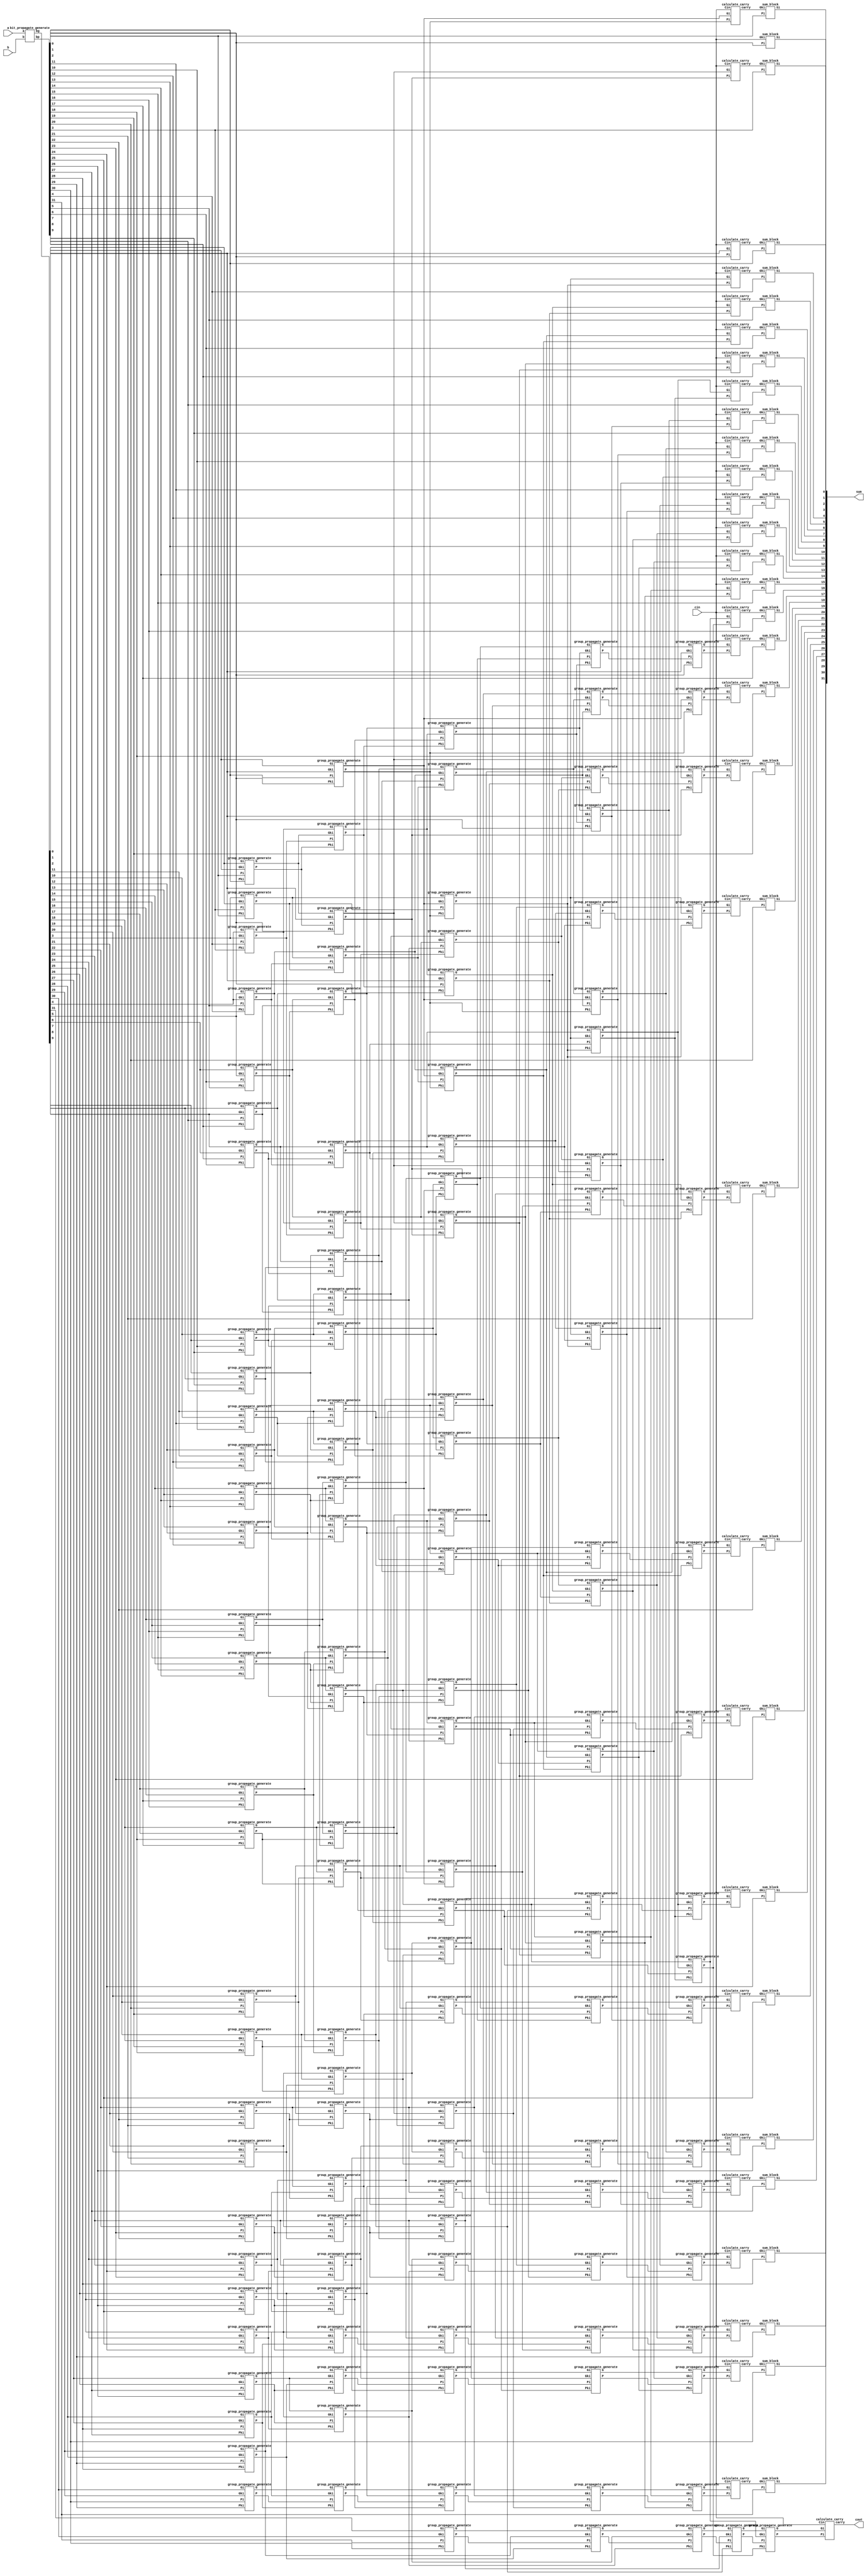
`timescale 1ps / 1fs
module kogge32(a, b, cin, sum, cout);
input [31:0]a;
input [31:0]b;
input cin;
output [31:0]sum;
output cout;

wire [31:0] bp,bg;
wire [30:0] st0p, st0g;  // stage 0
wire [29:0] st1p, st1g;  // stage 1
wire [27:0] st2p, st2g;  // stage 2
wire [26:0] st3p, st3g;  // stage 3
wire [15:0] st4p, st4g;  // stage 4

wire [31:0] carry;
bit_propagate_generate bpg_1(.a(a),.b(b),.bp(bp),.bg(bg));

group_propagate_generate gpgs0_0(.Pi(bp[1]), .Gi(bg[1]), .Pki(bp[0]), .Gki(bg[0]), .P(st0p[0]), .G(st0g[0])); // generate -> P1:0 and G1:0
group_propagate_generate gpgs0_1(.Pi(bp[2]), .Gi(bg[2]), .Pki(bp[1]), .Gki(bg[1]), .P(st0p[1]), .G(st0g[1])); // generate -> P1:0 and G1:0
group_propagate_generate gpgs0_2(.Pi(bp[3]), .Gi(bg[3]), .Pki(bp[2]), .Gki(bg[2]), .P(st0p[2]), .G(st0g[2])); // generate -> P1:0 and G1:0
group_propagate_generate gpgs0_3(.Pi(bp[4]), .Gi(bg[4]), .Pki(bp[3]), .Gki(bg[3]), .P(st0p[3]), .G(st0g[3])); // generate -> P1:0 and G1:0
group_propagate_generate gpgs0_4(.Pi(bp[5]), .Gi(bg[5]), .Pki(bp[4]), .Gki(bg[4]), .P(st0p[4]), .G(st0g[4])); // generate -> P1:0 and G1:0
group_propagate_generate gpgs0_5(.Pi(bp[6]), .Gi(bg[6]), .Pki(bp[5]), .Gki(bg[5]), .P(st0p[5]), .G(st0g[5])); // generate -> P1:0 and G1:0
group_propagate_generate gpgs0_6(.Pi(bp[7]), .Gi(bg[7]), .Pki(bp[6]), .Gki(bg[6]), .P(st0p[6]), .G(st0g[6])); // generate -> P1:0 and G1:0
group_propagate_generate gpgs0_7(.Pi(bp[8]), .Gi(bg[8]), .Pki(bp[7]), .Gki(bg[7]), .P(st0p[7]), .G(st0g[7])); // generate -> P1:0 and G1:0
group_propagate_generate gpgs0_8(.Pi(bp[9]), .Gi(bg[9]), .Pki(bp[8]), .Gki(bg[8]), .P(st0p[8]), .G(st0g[8])); // generate -> P1:0 and G1:0
group_propagate_generate gpgs0_9(.Pi(bp[10]), .Gi(bg[10]), .Pki(bp[9]), .Gki(bg[9]), .P(st0p[9]), .G(st0g[9])); // generate -> P1:0 and G1:0
group_propagate_generate gpgs0_10(.Pi(bp[11]), .Gi(bg[11]), .Pki(bp[10]), .Gki(bg[10]), .P(st0p[10]), .G(st0g[10])); // generate -> P1:0 and G1:0
group_propagate_generate gpgs0_11(.Pi(bp[12]), .Gi(bg[12]), .Pki(bp[11]), .Gki(bg[11]), .P(st0p[11]), .G(st0g[11])); // generate -> P1:0 and G1:0
group_propagate_generate gpgs0_12(.Pi(bp[13]), .Gi(bg[13]), .Pki(bp[12]), .Gki(bg[12]), .P(st0p[12]), .G(st0g[12])); // generate -> P1:0 and G1:0
group_propagate_generate gpgs0_13(.Pi(bp[14]), .Gi(bg[14]), .Pki(bp[13]), .Gki(bg[13]), .P(st0p[13]), .G(st0g[13])); // generate -> P1:0 and G1:0
group_propagate_generate gpgs0_14(.Pi(bp[15]), .Gi(bg[15]), .Pki(bp[14]), .Gki(bg[14]), .P(st0p[14]), .G(st0g[14])); // generate -> P1:0 and G1:0
group_propagate_generate gpgs0_15(.Pi(bp[16]), .Gi(bg[16]), .Pki(bp[15]), .Gki(bg[15]), .P(st0p[15]), .G(st0g[15])); // generate -> P1:0 and G1:0
group_propagate_generate gpgs0_16(.Pi(bp[17]), .Gi(bg[17]), .Pki(bp[16]), .Gki(bg[16]), .P(st0p[16]), .G(st0g[16])); // generate -> P1:0 and G1:0
group_propagate_generate gpgs0_17(.Pi(bp[18]), .Gi(bg[18]), .Pki(bp[17]), .Gki(bg[17]), .P(st0p[17]), .G(st0g[17])); // generate -> P1:0 and G1:0
group_propagate_generate gpgs0_18(.Pi(bp[19]), .Gi(bg[19]), .Pki(bp[18]), .Gki(bg[18]), .P(st0p[18]), .G(st0g[18])); // generate -> P1:0 and G1:0
group_propagate_generate gpgs0_19(.Pi(bp[20]), .Gi(bg[20]), .Pki(bp[19]), .Gki(bg[19]), .P(st0p[19]), .G(st0g[19])); // generate -> P1:0 and G1:0
group_propagate_generate gpgs0_20(.Pi(bp[21]), .Gi(bg[21]), .Pki(bp[20]), .Gki(bg[20]), .P(st0p[20]), .G(st0g[20])); // generate -> P1:0 and G1:0
group_propagate_generate gpgs0_21(.Pi(bp[22]), .Gi(bg[22]), .Pki(bp[21]), .Gki(bg[21]), .P(st0p[21]), .G(st0g[21])); // generate -> P1:0 and G1:0
group_propagate_generate gpgs0_22(.Pi(bp[23]), .Gi(bg[23]), .Pki(bp[22]), .Gki(bg[22]), .P(st0p[22]), .G(st0g[22])); // generate -> P1:0 and G1:0
group_propagate_generate gpgs0_23(.Pi(bp[24]), .Gi(bg[24]), .Pki(bp[23]), .Gki(bg[23]), .P(st0p[23]), .G(st0g[23])); // generate -> P1:0 and G1:0
group_propagate_generate gpgs0_24(.Pi(bp[25]), .Gi(bg[25]), .Pki(bp[24]), .Gki(bg[24]), .P(st0p[24]), .G(st0g[24])); // generate -> P1:0 and G1:0
group_propagate_generate gpgs0_25(.Pi(bp[26]), .Gi(bg[26]), .Pki(bp[25]), .Gki(bg[25]), .P(st0p[25]), .G(st0g[25])); // generate -> P1:0 and G1:0
group_propagate_generate gpgs0_26(.Pi(bp[27]), .Gi(bg[27]), .Pki(bp[26]), .Gki(bg[26]), .P(st0p[26]), .G(st0g[26])); // generate -> P1:0 and G1:0
group_propagate_generate gpgs0_27(.Pi(bp[28]), .Gi(bg[28]), .Pki(bp[27]), .Gki(bg[27]), .P(st0p[27]), .G(st0g[27])); // generate -> P1:0 and G1:0
group_propagate_generate gpgs0_28(.Pi(bp[29]), .Gi(bg[29]), .Pki(bp[28]), .Gki(bg[28]), .P(st0p[28]), .G(st0g[28])); // generate -> P1:0 and G1:0
group_propagate_generate gpgs0_29(.Pi(bp[30]), .Gi(bg[30]), .Pki(bp[29]), .Gki(bg[29]), .P(st0p[29]), .G(st0g[29])); // generate -> P1:0 and G1:0
group_propagate_generate gpgs0_30(.Pi(bp[31]), .Gi(bg[31]), .Pki(bp[30]), .Gki(bg[30]), .P(st0p[30]), .G(st0g[30])); // generate -> P1:0 and G1:0

group_propagate_generate gpgs1_0(.Pi(st0p[1]), .Gi(st0g[1]), .Pki(bp[0]), .Gki(bg[0]), .P(st1p[0]), .G(st1g[0])); // generate -> P1:0 and G1:0
group_propagate_generate gpgs1_1(.Pi(st0p[2]), .Gi(st0g[2]), .Pki(st0p[0]), .Gki(st0g[0]), .P(st1p[1]), .G(st1g[1])); // generate -> P1:0 and G1:0
group_propagate_generate gpgs1_2(.Pi(st0p[3]), .Gi(st0g[3]), .Pki(st0p[1]), .Gki(st0g[1]), .P(st1p[2]), .G(st1g[2])); // generate -> P1:0 and G1:0
group_propagate_generate gpgs1_3(.Pi(st0p[4]), .Gi(st0g[4]), .Pki(st0p[2]), .Gki(st0g[2]), .P(st1p[3]), .G(st1g[3])); // generate -> P1:0 and G1:0
group_propagate_generate gpgs1_4(.Pi(st0p[5]), .Gi(st0g[5]), .Pki(st0p[3]), .Gki(st0g[3]), .P(st1p[4]), .G(st1g[4])); // generate -> P1:0 and G1:0
group_propagate_generate gpgs1_5(.Pi(st0p[6]), .Gi(st0g[6]), .Pki(st0p[4]), .Gki(st0g[4]), .P(st1p[5]), .G(st1g[5])); // generate -> P1:0 and G1:0
group_propagate_generate gpgs1_6(.Pi(st0p[7]), .Gi(st0g[7]), .Pki(st0p[5]), .Gki(st0g[5]), .P(st1p[6]), .G(st1g[6])); // generate -> P1:0 and G1:0
group_propagate_generate gpgs1_7(.Pi(st0p[8]), .Gi(st0g[8]), .Pki(st0p[6]), .Gki(st0g[6]), .P(st1p[7]), .G(st1g[7])); // generate -> P1:0 and G1:0
group_propagate_generate gpgs1_8(.Pi(st0p[9]), .Gi(st0g[9]), .Pki(st0p[7]), .Gki(st0g[7]), .P(st1p[8]), .G(st1g[8])); // generate -> P1:0 and G1:0
group_propagate_generate gpgs1_9(.Pi(st0p[10]), .Gi(st0g[10]), .Pki(st0p[8]),   .Gki(st0g[8]),  .P(st1p[9]), .G(st1g[9])); // generate -> P1:0 and G1:0
group_propagate_generate gpgs1_10(.Pi(st0p[11]), .Gi(st0g[11]), .Pki(st0p[9]),  .Gki(st0g[9]),  .P(st1p[10]), .G(st1g[10])); // generate -> P1:0 and G1:0
group_propagate_generate gpgs1_11(.Pi(st0p[12]), .Gi(st0g[12]), .Pki(st0p[10]), .Gki(st0g[10]), .P(st1p[11]), .G(st1g[11])); // generate -> P1:0 and G1:0
group_propagate_generate gpgs1_12(.Pi(st0p[13]), .Gi(st0g[13]), .Pki(st0p[11]), .Gki(st0g[11]), .P(st1p[12]), .G(st1g[12])); // generate -> P1:0 and G1:0
group_propagate_generate gpgs1_13(.Pi(st0p[14]), .Gi(st0g[14]), .Pki(st0p[12]), .Gki(st0g[12]), .P(st1p[13]), .G(st1g[13])); // generate -> P1:0 and G1:0
group_propagate_generate gpgs1_14(.Pi(st0p[15]), .Gi(st0g[15]), .Pki(st0p[13]), .Gki(st0g[13]), .P(st1p[14]), .G(st1g[14])); // generate -> P1:0 and G1:0
group_propagate_generate gpgs1_15(.Pi(st0p[16]), .Gi(st0g[16]), .Pki(st0p[14]), .Gki(st0g[14]), .P(st1p[15]), .G(st1g[15])); // generate -> P1:0 and G1:0
group_propagate_generate gpgs1_16(.Pi(st0p[17]), .Gi(st0g[17]), .Pki(st0p[15]), .Gki(st0g[15]), .P(st1p[16]), .G(st1g[16])); // generate -> P1:0 and G1:0
group_propagate_generate gpgs1_17(.Pi(st0p[18]), .Gi(st0g[18]), .Pki(st0p[16]), .Gki(st0g[16]), .P(st1p[17]), .G(st1g[17])); // generate -> P1:0 and G1:0
group_propagate_generate gpgs1_18(.Pi(st0p[19]), .Gi(st0g[19]), .Pki(st0p[17]), .Gki(st0g[17]), .P(st1p[18]), .G(st1g[18])); // generate -> P1:0 and G1:0
group_propagate_generate gpgs1_19(.Pi(st0p[20]), .Gi(st0g[20]), .Pki(st0p[18]), .Gki(st0g[18]), .P(st1p[19]), .G(st1g[19])); // generate -> P1:0 and G1:0
group_propagate_generate gpgs1_20(.Pi(st0p[21]), .Gi(st0g[21]), .Pki(st0p[19]), .Gki(st0g[19]), .P(st1p[20]), .G(st1g[20])); // generate -> P1:0 and G1:0
group_propagate_generate gpgs1_21(.Pi(st0p[22]), .Gi(st0g[22]), .Pki(st0p[20]), .Gki(st0g[20]), .P(st1p[21]), .G(st1g[21])); // generate -> P1:0 and G1:0
group_propagate_generate gpgs1_22(.Pi(st0p[23]), .Gi(st0g[23]), .Pki(st0p[21]), .Gki(st0g[21]), .P(st1p[22]), .G(st1g[22])); // generate -> P1:0 and G1:0
group_propagate_generate gpgs1_23(.Pi(st0p[24]), .Gi(st0g[24]), .Pki(st0p[22]), .Gki(st0g[22]), .P(st1p[23]), .G(st1g[23])); // generate -> P1:0 and G1:0
group_propagate_generate gpgs1_24(.Pi(st0p[25]), .Gi(st0g[25]), .Pki(st0p[23]), .Gki(st0g[23]), .P(st1p[24]), .G(st1g[24])); // generate -> P1:0 and G1:0
group_propagate_generate gpgs1_25(.Pi(st0p[26]), .Gi(st0g[26]), .Pki(st0p[24]), .Gki(st0g[24]), .P(st1p[25]), .G(st1g[25])); // generate -> P1:0 and G1:0
group_propagate_generate gpgs1_26(.Pi(st0p[27]), .Gi(st0g[27]), .Pki(st0p[25]), .Gki(st0g[25]), .P(st1p[26]), .G(st1g[26])); // generate -> P1:0 and G1:0
group_propagate_generate gpgs1_27(.Pi(st0p[28]), .Gi(st0g[28]), .Pki(st0p[26]), .Gki(st0g[26]), .P(st1p[27]), .G(st1g[27])); // generate -> P1:0 and G1:0
group_propagate_generate gpgs1_28(.Pi(st0p[29]), .Gi(st0g[29]), .Pki(st0p[27]), .Gki(st0g[27]), .P(st1p[28]), .G(st1g[28])); // generate -> P1:0 and G1:0
group_propagate_generate gpgs1_29(.Pi(st0p[30]), .Gi(st0g[30]), .Pki(st0p[28]), .Gki(st0g[28]), .P(st1p[29]), .G(st1g[29])); // generate -> P1:0 and G1:0


group_propagate_generate gpgs2_0(.Pi(st1p[2]), .Gi(st1g[2]), .Pki(bp[0]), .Gki(bg[0]), .P(st2p[0]), .G(st2g[0])); // generate -> P1:0 and G1:0
group_propagate_generate gpgs2_1(.Pi(st1p[3]), .Gi(st1g[3]), .Pki(st0p[0]), .Gki(st0g[0]), .P(st2p[1]), .G(st2g[1])); // generate -> P1:0 and G1:0
group_propagate_generate gpgs2_2(.Pi(st1p[4]), .Gi(st1g[4]), .Pki(st1p[0]), .Gki(st1g[0]), .P(st2p[2]), .G(st2g[2])); // generate -> P1:0 and G1:0
group_propagate_generate gpgs2_3(.Pi(st1p[5]), .Gi(st1g[5]), .Pki(st1p[1]), .Gki(st1g[1]), .P(st2p[3]), .G(st2g[3])); // generate -> P1:0 and G1:0
group_propagate_generate gpgs2_4(.Pi(st1p[6]), .Gi(st1g[6]), .Pki(st1p[2]), .Gki(st1g[2]), .P(st2p[4]), .G(st2g[4])); // generate -> P1:0 and G1:0
group_propagate_generate gpgs2_5(.Pi(st1p[7]), .Gi(st1g[7]), .Pki(st1p[3]), .Gki(st1g[3]), .P(st2p[5]), .G(st2g[5])); // generate -> P1:0 and G1:0
group_propagate_generate gpgs2_6(.Pi(st1p[8]), .Gi(st1g[8]), .Pki(st1p[4]), .Gki(st1g[4]), .P(st2p[6]), .G(st2g[6])); // generate -> P1:0 and G1:0
group_propagate_generate gpgs2_7(.Pi(st1p[9]), .Gi(st1g[9]), .Pki(st1p[5]), .Gki(st1g[5]), .P(st2p[7]), .G(st2g[7])); // generate -> P1:0 and G1:0
group_propagate_generate gpgs2_8(.Pi(st1p[10]), .Gi(st1g[10]), .Pki(st1p[6]), .Gki(st1g[6]), .P(st2p[8]), .G(st2g[8])); // generate -> P1:0 and G1:0
group_propagate_generate gpgs2_9(.Pi(st1p[11]), .Gi(st1g[11]), .Pki(st1p[7]), .Gki(st1g[7]), .P(st2p[9]), .G(st2g[9])); // generate -> P1:0 and G1:0
group_propagate_generate gpgs2_10(.Pi(st1p[12]), .Gi(st1g[12]), .Pki(st1p[8]), .Gki(st1g[8]), .P(st2p[10]), .G(st2g[10])); // generate -> P1:0 and G1:0
group_propagate_generate gpgs2_11(.Pi(st1p[13]), .Gi(st1g[13]), .Pki(st1p[9]), .Gki(st1g[9]), .P(st2p[11]), .G(st2g[11])); // generate -> P1:0 and G1:0
group_propagate_generate gpgs2_12(.Pi(st1p[14]), .Gi(st1g[14]), .Pki(st1p[10]), .Gki(st1g[10]), .P(st2p[12]), .G(st2g[12])); // generate -> P1:0 and G1:0
group_propagate_generate gpgs2_13(.Pi(st1p[15]), .Gi(st1g[15]), .Pki(st1p[11]), .Gki(st1g[11]), .P(st2p[13]), .G(st2g[13])); // generate -> P1:0 and G1:0
group_propagate_generate gpgs2_14(.Pi(st1p[16]), .Gi(st1g[16]), .Pki(st1p[12]), .Gki(st1g[12]), .P(st2p[14]), .G(st2g[14])); // generate -> P1:0 and G1:0
group_propagate_generate gpgs2_15(.Pi(st1p[17]), .Gi(st1g[17]), .Pki(st1p[13]), .Gki(st1g[13]), .P(st2p[15]), .G(st2g[15])); // generate -> P1:0 and G1:0
group_propagate_generate gpgs2_16(.Pi(st1p[18]), .Gi(st1g[18]), .Pki(st1p[14]), .Gki(st1g[14]), .P(st2p[16]), .G(st2g[16])); // generate -> P1:0 and G1:0
group_propagate_generate gpgs2_17(.Pi(st1p[19]), .Gi(st1g[19]), .Pki(st1p[15]), .Gki(st1g[15]), .P(st2p[17]), .G(st2g[17])); // generate -> P1:0 and G1:0
group_propagate_generate gpgs2_18(.Pi(st1p[20]), .Gi(st1g[20]), .Pki(st1p[16]), .Gki(st1g[16]), .P(st2p[18]), .G(st2g[18])); // generate -> P1:0 and G1:0
group_propagate_generate gpgs2_19(.Pi(st1p[21]), .Gi(st1g[21]), .Pki(st1p[17]), .Gki(st1g[17]), .P(st2p[19]), .G(st2g[19])); // generate -> P1:0 and G1:0
group_propagate_generate gpgs2_20(.Pi(st1p[22]), .Gi(st1g[22]), .Pki(st1p[18]), .Gki(st1g[18]), .P(st2p[20]), .G(st2g[20])); // generate -> P1:0 and G1:0
group_propagate_generate gpgs2_21(.Pi(st1p[23]), .Gi(st1g[23]), .Pki(st1p[19]), .Gki(st1g[19]), .P(st2p[21]), .G(st2g[21])); // generate -> P1:0 and G1:0
group_propagate_generate gpgs2_22(.Pi(st1p[24]), .Gi(st1g[24]), .Pki(st1p[20]), .Gki(st1g[20]), .P(st2p[22]), .G(st2g[22])); // generate -> P1:0 and G1:0
group_propagate_generate gpgs2_23(.Pi(st1p[25]), .Gi(st1g[25]), .Pki(st1p[21]), .Gki(st1g[21]), .P(st2p[23]), .G(st2g[23])); // generate -> P1:0 and G1:0
group_propagate_generate gpgs2_24(.Pi(st1p[26]), .Gi(st1g[26]), .Pki(st1p[22]), .Gki(st1g[22]), .P(st2p[24]), .G(st2g[24])); // generate -> P1:0 and G1:0
group_propagate_generate gpgs2_25(.Pi(st1p[27]), .Gi(st1g[27]), .Pki(st1p[23]), .Gki(st1g[23]), .P(st2p[25]), .G(st2g[25])); // generate -> P1:0 and G1:0
group_propagate_generate gpgs2_26(.Pi(st1p[28]), .Gi(st1g[28]), .Pki(st1p[24]), .Gki(st1g[24]), .P(st2p[26]), .G(st2g[26])); // generate -> P1:0 and G1:0
group_propagate_generate gpgs2_27(.Pi(st1p[29]), .Gi(st1g[29]), .Pki(st1p[25]), .Gki(st1g[25]), .P(st2p[27]), .G(st2g[27])); // generate -> P1:0 and G1:0


group_propagate_generate gpgs3_0(.Pi(st2p[4]), .Gi(st2g[4]), .Pki(bp[0]), .Gki(bg[0]), .P(st3p[0]), .G(st3g[0])); // generate -> P1:0 and G1:0
group_propagate_generate gpgs3_1(.Pi(st2p[5]), .Gi(st2g[5]), .Pki(st0p[0]), .Gki(st0g[0]), .P(st3p[1]), .G(st3g[1])); // generate -> P1:0 and G1:0
group_propagate_generate gpgs3_2(.Pi(st2p[6]), .Gi(st2g[6]), .Pki(st1p[0]), .Gki(st1g[0]), .P(st3p[2]), .G(st3g[2])); // generate -> P1:0 and G1:0
group_propagate_generate gpgs3_3(.Pi(st2p[7]), .Gi(st2g[7]), .Pki(st1p[1]), .Gki(st1g[1]), .P(st3p[3]), .G(st3g[3])); // generate -> P1:0 and G1:0
group_propagate_generate gpgs3_4(.Pi(st2p[8]), .Gi(st2g[8]), .Pki(st2p[0]), .Gki(st2g[0]), .P(st3p[4]), .G(st3g[4])); // generate -> P1:0 and G1:0
group_propagate_generate gpgs3_5(.Pi(st2p[9]), .Gi(st2g[9]), .Pki(st2p[1]), .Gki(st2g[1]), .P(st3p[5]), .G(st3g[5])); // generate -> P1:0 and G1:0
group_propagate_generate gpgs3_6(.Pi(st2p[10]), .Gi(st2g[10]), .Pki(st2p[2]), .Gki(st2g[2]), .P(st3p[6]), .G(st3g[6])); // generate -> P1:0 and G1:0
group_propagate_generate gpgs3_7(.Pi(st2p[11]), .Gi(st2g[11]), .Pki(st2p[3]), .Gki(st2g[3]), .P(st3p[7]), .G(st3g[7])); // generate -> P1:0 and G1:0
group_propagate_generate gpgs3_8(.Pi(st2p[12]), .Gi(st2g[12]), .Pki(st2p[4]), .Gki(st2g[4]), .P(st3p[8]), .G(st3g[8])); // generate -> P1:0 and G1:0
group_propagate_generate gpgs3_9(.Pi(st2p[13]), .Gi(st2g[13]), .Pki(st2p[5]), .Gki(st2g[5]), .P(st3p[9]), .G(st3g[9])); // generate -> P1:0 and G1:0
group_propagate_generate gpgs3_10(.Pi(st2p[14]), .Gi(st2g[14]), .Pki(st2p[6]), .Gki(st2g[6]), .P(st3p[10]), .G(st3g[10])); // generate -> P1:0 and G1:0
group_propagate_generate gpgs3_11(.Pi(st2p[15]), .Gi(st2g[15]), .Pki(st2p[7]), .Gki(st2g[7]), .P(st3p[11]), .G(st3g[11])); // generate -> P1:0 and G1:0
group_propagate_generate gpgs3_12(.Pi(st2p[16]), .Gi(st2g[16]), .Pki(st2p[8]), .Gki(st2g[8]), .P(st3p[12]), .G(st3g[12])); // generate -> P1:0 and G1:0
group_propagate_generate gpgs3_13(.Pi(st2p[17]), .Gi(st2g[17]), .Pki(st2p[9]), .Gki(st2g[9]), .P(st3p[13]), .G(st3g[13])); // generate -> P1:0 and G1:0
group_propagate_generate gpgs3_14(.Pi(st2p[18]), .Gi(st2g[18]), .Pki(st2p[10]), .Gki(st2g[10]), .P(st3p[14]), .G(st3g[14])); // generate -> P1:0 and G1:0
group_propagate_generate gpgs3_15(.Pi(st2p[19]), .Gi(st2g[19]), .Pki(st2p[11]), .Gki(st2g[11]), .P(st3p[15]), .G(st3g[15])); // generate -> P1:0 and G1:0
group_propagate_generate gpgs3_16(.Pi(st2p[20]), .Gi(st2g[20]), .Pki(st2p[12]), .Gki(st2g[12]), .P(st3p[16]), .G(st3g[16])); // generate -> P1:0 and G1:0
group_propagate_generate gpgs3_17(.Pi(st2p[21]), .Gi(st2g[21]), .Pki(st2p[13]), .Gki(st2g[13]), .P(st3p[17]), .G(st3g[17])); // generate -> P1:0 and G1:0
group_propagate_generate gpgs3_18(.Pi(st2p[22]), .Gi(st2g[22]), .Pki(st2p[14]), .Gki(st2g[14]), .P(st3p[18]), .G(st3g[18])); // generate -> P1:0 and G1:0
group_propagate_generate gpgs3_19(.Pi(st2p[23]), .Gi(st2g[23]), .Pki(st2p[15]), .Gki(st2g[15]), .P(st3p[19]), .G(st3g[19])); // generate -> P1:0 and G1:0
group_propagate_generate gpgs3_20(.Pi(st2p[24]), .Gi(st2g[24]), .Pki(st2p[16]), .Gki(st2g[16]), .P(st3p[20]), .G(st3g[20])); // generate -> P1:0 and G1:0
group_propagate_generate gpgs3_21(.Pi(st2p[25]), .Gi(st2g[25]), .Pki(st2p[17]), .Gki(st2g[17]), .P(st3p[21]), .G(st3g[21])); // generate -> P1:0 and G1:0
group_propagate_generate gpgs3_22(.Pi(st2p[26]), .Gi(st2g[26]), .Pki(st2p[18]), .Gki(st2g[18]), .P(st3p[22]), .G(st3g[22])); // generate -> P1:0 and G1:0
group_propagate_generate gpgs3_23(.Pi(st2p[27]), .Gi(st2g[27]), .Pki(st2p[19]), .Gki(st2g[19]), .P(st3p[23]), .G(st3g[23])); // generate -> P1:0 and G1:0


group_propagate_generate gpgs4_0(.Pi(st3p[8]), .Gi(st3g[8]), .Pki(bp[0]), .Gki(bg[0]), .P(st4p[0]), .G(st4g[0])); // generate -> P1:0 and G1:0
group_propagate_generate gpgs4_1(.Pi(st3p[9]), .Gi(st3g[9]), .Pki(st0p[0]), .Gki(st0g[0]), .P(st4p[1]), .G(st4g[1])); // generate -> P1:0 and G1:0
group_propagate_generate gpgs4_2(.Pi(st3p[10]), .Gi(st3g[10]), .Pki(st1p[0]), .Gki(st1g[0]), .P(st4p[2]), .G(st4g[2])); // generate -> P1:0 and G1:0
group_propagate_generate gpgs4_3(.Pi(st3p[11]), .Gi(st3g[11]), .Pki(st1p[1]), .Gki(st1g[1]), .P(st4p[3]), .G(st4g[3])); // generate -> P1:0 and G1:0
group_propagate_generate gpgs4_4(.Pi(st3p[12]), .Gi(st3g[12]), .Pki(st2p[0]), .Gki(st2g[0]), .P(st4p[4]), .G(st4g[4])); // generate -> P1:0 and G1:0
group_propagate_generate gpgs4_5(.Pi(st3p[13]), .Gi(st3g[13]), .Pki(st2p[1]), .Gki(st2g[1]), .P(st4p[5]), .G(st4g[5])); // generate -> P1:0 and G1:0
group_propagate_generate gpgs4_6(.Pi(st3p[14]), .Gi(st3g[14]), .Pki(st2p[2]), .Gki(st2g[2]), .P(st4p[6]), .G(st4g[6])); // generate -> P1:0 and G1:0
group_propagate_generate gpgs4_7(.Pi(st3p[15]), .Gi(st3g[15]), .Pki(st2p[3]), .Gki(st2g[3]), .P(st4p[7]), .G(st4g[7])); // generate -> P1:0 and G1:0
group_propagate_generate gpgs4_8(.Pi(st3p[16]), .Gi(st3g[16]), .Pki(st3p[0]), .Gki(st3g[0]), .P(st4p[8]), .G(st4g[8])); // generate -> P1:0 and G1:0
group_propagate_generate gpgs4_9(.Pi(st3p[17]), .Gi(st3g[17]), .Pki(st3p[1]), .Gki(st3g[1]), .P(st4p[9]), .G(st4g[9])); // generate -> P1:0 and G1:0
group_propagate_generate gpgs4_10(.Pi(st3p[18]), .Gi(st3g[18]), .Pki(st3p[2]), .Gki(st3g[2]), .P(st4p[10]), .G(st4g[10])); // generate -> P1:0 and G1:0
group_propagate_generate gpgs4_11(.Pi(st3p[19]), .Gi(st3g[19]), .Pki(st3p[3]), .Gki(st3g[3]), .P(st4p[11]), .G(st4g[11])); // generate -> P1:0 and G1:0
group_propagate_generate gpgs4_12(.Pi(st3p[20]), .Gi(st3g[20]), .Pki(st3p[4]), .Gki(st3g[4]), .P(st4p[12]), .G(st4g[12])); // generate -> P1:0 and G1:0
group_propagate_generate gpgs4_13(.Pi(st3p[21]), .Gi(st3g[21]), .Pki(st3p[5]), .Gki(st3g[5]), .P(st4p[13]), .G(st4g[13])); // generate -> P1:0 and G1:0
group_propagate_generate gpgs4_14(.Pi(st3p[22]), .Gi(st3g[22]), .Pki(st3p[6]), .Gki(st3g[6]), .P(st4p[14]), .G(st4g[14])); // generate -> P1:0 and G1:0
group_propagate_generate gpgs4_15(.Pi(st3p[23]), .Gi(st3g[23]), .Pki(st3p[7]), .Gki(st3g[7]), .P(st4p[15]), .G(st4g[15])); // generate -> P1:0 and G1:0


calculate_carry cc_0(.Pi(bp[0]), .Gi(bg[0]), .Cin(cin), .carry(carry[0]));
calculate_carry cc_1(.Pi(st0p[0]), .Gi(st0g[0]), .Cin(cin), .carry(carry[1]));
calculate_carry cc_2(.Pi(st1p[0]), .Gi(st1g[0]), .Cin(cin), .carry(carry[2]));
calculate_carry cc_3(.Pi(st1p[1]), .Gi(st1g[1]), .Cin(cin), .carry(carry[3]));
calculate_carry cc_4(.Pi(st2p[0]), .Gi(st2g[0]), .Cin(cin), .carry(carry[4]));
calculate_carry cc_5(.Pi(st2p[1]), .Gi(st2g[1]), .Cin(cin), .carry(carry[5]));
calculate_carry cc_6(.Pi(st2p[2]), .Gi(st2g[2]), .Cin(cin), .carry(carry[6]));
calculate_carry cc_7(.Pi(st2p[3]), .Gi(st2g[3]), .Cin(cin), .carry(carry[7]));
calculate_carry cc_8(.Pi(st3p[0]), .Gi(st3g[0]), .Cin(cin), .carry(carry[8]));
calculate_carry cc_9(.Pi(st3p[1]), .Gi(st3g[1]), .Cin(cin), .carry(carry[9]));
calculate_carry cc_10(.Pi(st3p[2]), .Gi(st3g[2]), .Cin(cin), .carry(carry[10]));
calculate_carry cc_11(.Pi(st3p[3]), .Gi(st3g[3]), .Cin(cin), .carry(carry[11]));
calculate_carry cc_12(.Pi(st3p[4]), .Gi(st3g[4]), .Cin(cin), .carry(carry[12]));
calculate_carry cc_13(.Pi(st3p[5]), .Gi(st3g[5]), .Cin(cin), .carry(carry[13]));
calculate_carry cc_14(.Pi(st3p[6]), .Gi(st3g[6]), .Cin(cin), .carry(carry[14]));
calculate_carry cc_15(.Pi(st3p[7]), .Gi(st3g[7]), .Cin(cin), .carry(carry[15]));
calculate_carry cc_16(.Pi(st4p[0]), .Gi(st4g[0]), .Cin(cin), .carry(carry[16]));
calculate_carry cc_17(.Pi(st4p[1]), .Gi(st4g[1]), .Cin(cin), .carry(carry[17]));
calculate_carry cc_18(.Pi(st4p[2]), .Gi(st4g[2]), .Cin(cin), .carry(carry[18]));
calculate_carry cc_19(.Pi(st4p[3]), .Gi(st4g[3]), .Cin(cin), .carry(carry[19]));
calculate_carry cc_20(.Pi(st4p[4]), .Gi(st4g[4]), .Cin(cin), .carry(carry[20]));
calculate_carry cc_21(.Pi(st4p[5]), .Gi(st4g[5]), .Cin(cin), .carry(carry[21]));
calculate_carry cc_22(.Pi(st4p[6]), .Gi(st4g[6]), .Cin(cin), .carry(carry[22]));
calculate_carry cc_23(.Pi(st4p[7]), .Gi(st4g[7]), .Cin(cin), .carry(carry[23]));
calculate_carry cc_24(.Pi(st4p[8]), .Gi(st4g[8]), .Cin(cin), .carry(carry[24]));
calculate_carry cc_25(.Pi(st4p[9]), .Gi(st4g[9]), .Cin(cin), .carry(carry[25]));
calculate_carry cc_26(.Pi(st4p[10]), .Gi(st4g[10]), .Cin(cin), .carry(carry[26]));
calculate_carry cc_27(.Pi(st4p[11]), .Gi(st4g[11]), .Cin(cin), .carry(carry[27]));
calculate_carry cc_28(.Pi(st4p[12]), .Gi(st4g[12]), .Cin(cin), .carry(carry[28]));
calculate_carry cc_29(.Pi(st4p[13]), .Gi(st4g[13]), .Cin(cin), .carry(carry[29]));
calculate_carry cc_30(.Pi(st4p[14]), .Gi(st4g[14]), .Cin(cin), .carry(carry[30]));
calculate_carry cc_31(.Pi(st4p[15]), .Gi(st4g[15]), .Cin(cin), .carry(carry[31]));

assign cout = carry[31];

sum_block sb_0(.Pi(bp[0]), .Gki(cin), .Si(sum[0]));
sum_block sb_1(.Pi(bp[1]), .Gki(carry[0]), .Si(sum[1]));
sum_block sb_2(.Pi(bp[2]), .Gki(carry[1]), .Si(sum[2]));
sum_block sb_3(.Pi(bp[3]), .Gki(carry[2]), .Si(sum[3]));
sum_block sb_4(.Pi(bp[4]), .Gki(carry[3]), .Si(sum[4]));
sum_block sb_5(.Pi(bp[5]), .Gki(carry[4]), .Si(sum[5]));
sum_block sb_6(.Pi(bp[6]), .Gki(carry[5]), .Si(sum[6]));
sum_block sb_7(.Pi(bp[7]), .Gki(carry[6]), .Si(sum[7]));
sum_block sb_8(.Pi(bp[8]), .Gki(carry[7]), .Si(sum[8]));
sum_block sb_9(.Pi(bp[9]), .Gki(carry[8]), .Si(sum[9]));
sum_block sb_10(.Pi(bp[10]), .Gki(carry[9]), .Si(sum[10]));
sum_block sb_11(.Pi(bp[11]), .Gki(carry[10]), .Si(sum[11]));
sum_block sb_12(.Pi(bp[12]), .Gki(carry[11]), .Si(sum[12]));
sum_block sb_13(.Pi(bp[13]), .Gki(carry[12]), .Si(sum[13]));
sum_block sb_14(.Pi(bp[14]), .Gki(carry[13]), .Si(sum[14]));
sum_block sb_15(.Pi(bp[15]), .Gki(carry[14]), .Si(sum[15]));
sum_block sb_16(.Pi(bp[16]), .Gki(carry[15]), .Si(sum[16]));
sum_block sb_17(.Pi(bp[17]), .Gki(carry[16]), .Si(sum[17]));
sum_block sb_18(.Pi(bp[18]), .Gki(carry[17]), .Si(sum[18]));
sum_block sb_19(.Pi(bp[19]), .Gki(carry[18]), .Si(sum[19]));
sum_block sb_20(.Pi(bp[20]), .Gki(carry[19]), .Si(sum[20]));
sum_block sb_21(.Pi(bp[21]), .Gki(carry[20]), .Si(sum[21]));
sum_block sb_22(.Pi(bp[22]), .Gki(carry[21]), .Si(sum[22]));
sum_block sb_23(.Pi(bp[23]), .Gki(carry[22]), .Si(sum[23]));
sum_block sb_24(.Pi(bp[24]), .Gki(carry[23]), .Si(sum[24]));
sum_block sb_25(.Pi(bp[25]), .Gki(carry[24]), .Si(sum[25]));
sum_block sb_26(.Pi(bp[26]), .Gki(carry[25]), .Si(sum[26]));
sum_block sb_27(.Pi(bp[27]), .Gki(carry[26]), .Si(sum[27]));
sum_block sb_28(.Pi(bp[28]), .Gki(carry[27]), .Si(sum[28]));
sum_block sb_29(.Pi(bp[29]), .Gki(carry[28]), .Si(sum[29]));
sum_block sb_30(.Pi(bp[30]), .Gki(carry[29]), .Si(sum[30]));
sum_block sb_31(.Pi(bp[31]), .Gki(carry[30]), .Si(sum[31]));

endmodule

/////////////////////////////////////////
module calculate_carry(Pi, Gi, Cin, carry);
input Pi, Gi, Cin;
output carry;

wire w1;
and #(452.43, 400.56)and_1(w1, Pi, Cin);
or #(458.88, 449.74)or_0(carry, Gi, w1);

endmodule
/////////////////////////////////////////
module sum_block(Pi, Gki, Si);
  input Pi, Gki;
  output Si;
  xor #(350.51, 306.96)xor_1(Si, Pi, Gki);
  
endmodule
/////////////////////////////////////////
module group_propagate_generate(Pi, Gi, Pki, Gki, P, G);
  
  input Pi, Gi, Pki, Gki;
  output P, G;
  wire w1;

  and #(452.43, 400.56)and_2(P, Pi, Pki);
  
  and #(452.43, 400.56)and_1(w1, Pi, Gki);
  or #(458.88, 449.74)or_0(G, w1, Gi);
  //group_generate gbox(.Pi(Pi), .Gi(Gi), .Gki(Gki), .G(G));

endmodule
/////////////////////////////////////////
module group_generate(Pi, Gi, Gki, G);
  input Pi, Gi, Gki;
  output G;
  
  wire w1, w2;
  
  and #(452.43, 400.56)and_1(w1, Pi, Gki);
  or #(458.88, 449.74)or_0(G, w1, Gi);
 
endmodule

/////////////////////////////////////
// Propagate Generation
/////////////////////////////////////
 
module bit_propagate_generate(a,b,bp,bg);
input [31:0] a,b;
output [31:0] bg,bp;

assign #(452.43, 400.56) bg=a&b;
assign #(350.51, 306.96) bp=a^b;
endmodule